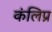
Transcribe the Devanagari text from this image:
कंलिप्र